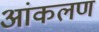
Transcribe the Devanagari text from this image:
आंकलण